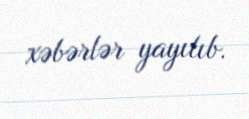
xəbərlər yayılıb.